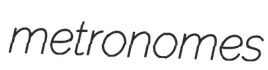
metronomes